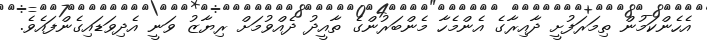
އެހެންކަމުން ތިމަރަފުށީ ދާއިރާގެ އެންމެހާ މެންބަރުންގެ ތާއީދު ދެއްވުމަށް ރިޔާޒު ވަނީ އެދިވަޑައިގެންފައެވެ.